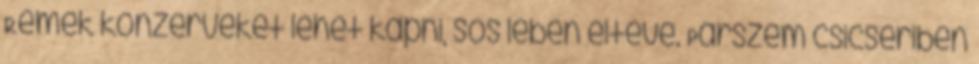
Remek konzerveket lehet kapni, sós lében eltéve. Párszem csicseriben